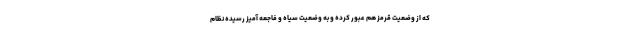
که از وضعیت قرمز هم عبور کرده و به وضعیت سیاه و فاجعه آمیز رسیده نظام